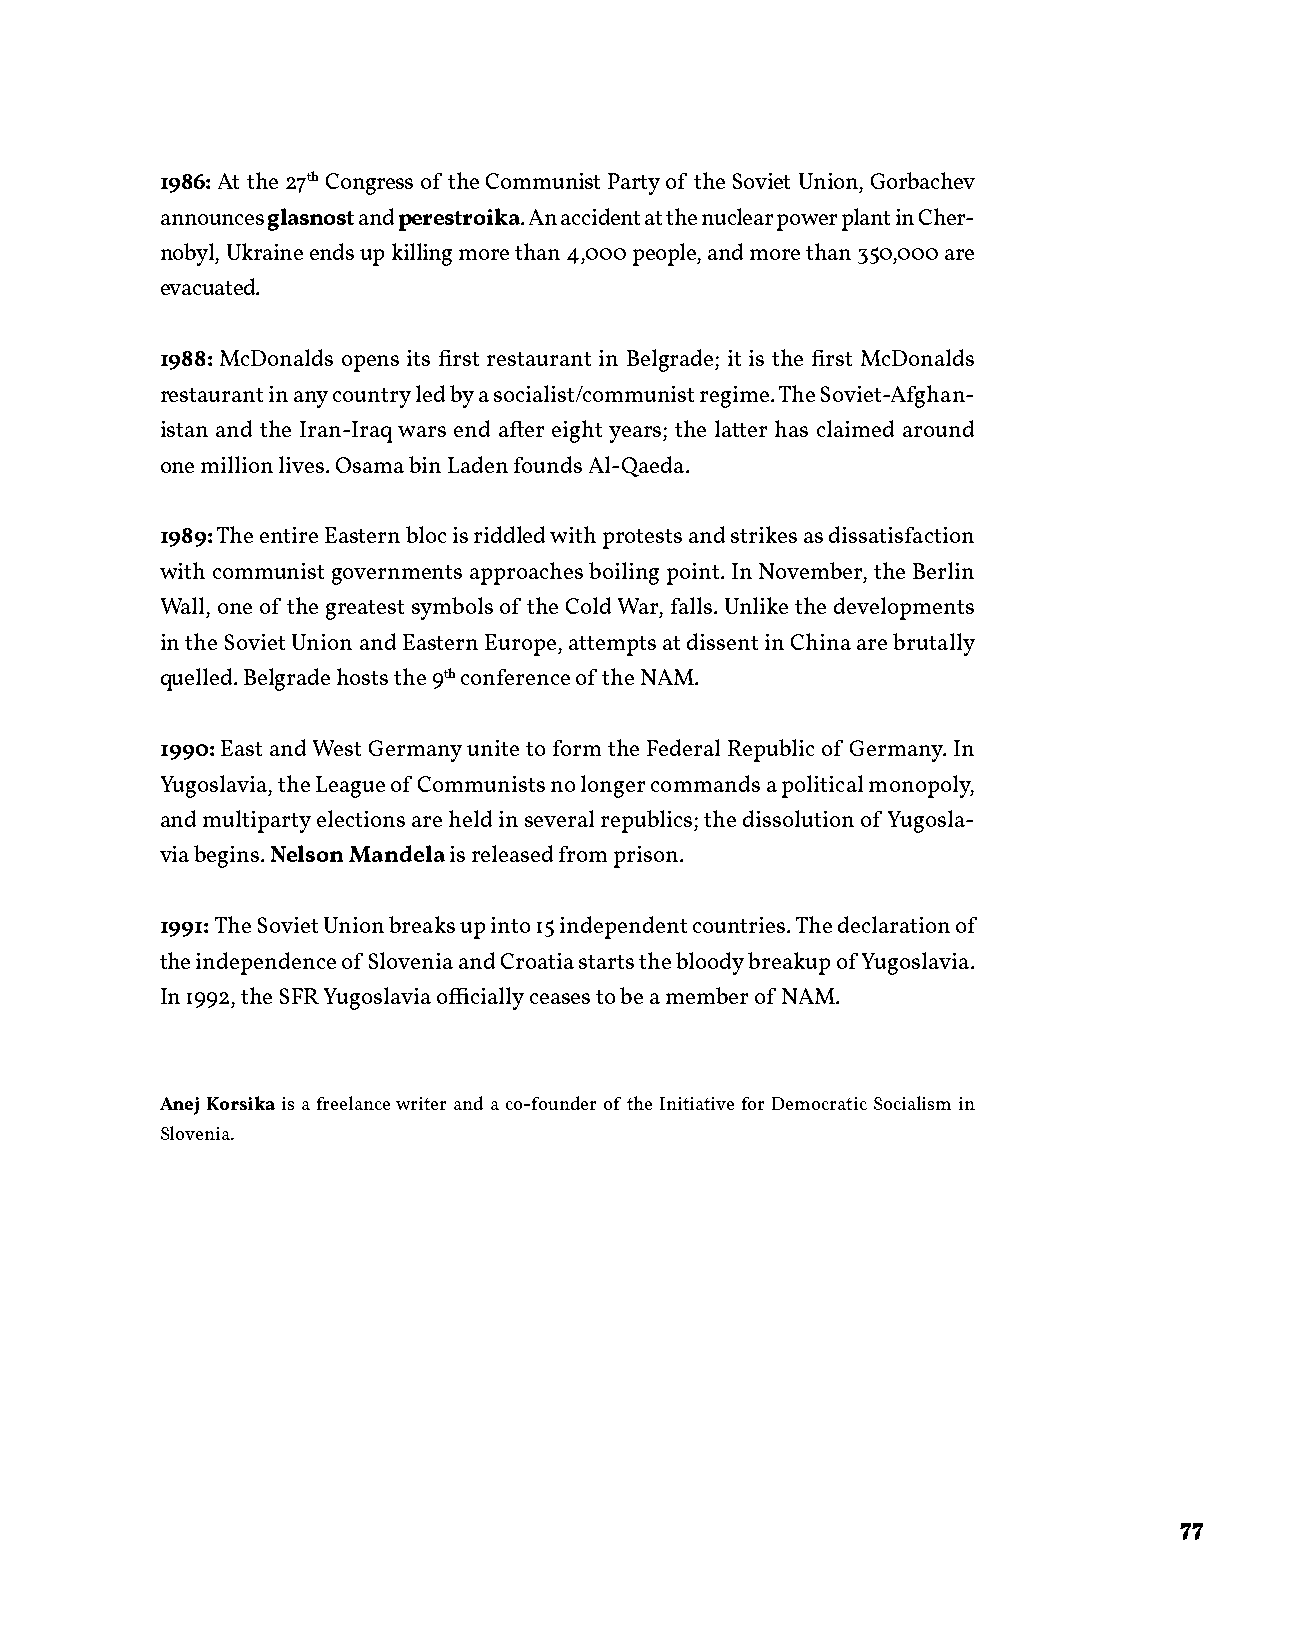
1986: At the 27th Congress of the Communist Party of the Soviet Union, Gorbachev
 announces glasnost and perestroika. An accident at the nuclear power plant in Cher-
 nobyl, Ukraine ends up killing more than 4,000 people, and more than 350,000 are
 evacuated.
 1988: McDonalds opens its first restaurant in Belgrade; it is the first McDonalds
 restaurant in any country led by a socialist/communist regime. The Soviet-Afghan-
 istan and the Iran-Iraq wars end after eight years; the latter has claimed around
 one million lives. Osama bin Laden founds Al-Qaeda.
 1989: The entire Eastern bloc is riddled with protests and strikes as dissatisfaction
 with communist governments approaches boiling point. In November, the Berlin
 Wall, one of the greatest symbols of the Cold War, falls. Unlike the developments
 in the Soviet Union and Eastern Europe, attempts at dissent in China are brutally
 quelled. Belgrade hosts the 9th conference of the NAM.
 1990: East and West Germany unite to form the Federal Republic of Germany. In
 Yugoslavia, the League of Communists no longer commands a political monopoly,
 and multiparty elections are held in several republics; the dissolution of Yugosla-
 via begins. Nelson Mandela is released from prison.
 1991: The Soviet Union breaks up into 15 independent countries. The declaration of
 the independence of Slovenia and Croatia starts the bloody breakup of Yugoslavia.
 In 1992, the SFR Yugoslavia officially ceases to be a member of NAM.
 Anej Korsika is a freelance writer and a co-founder of the Initiative for Democratic Socialism in
 Slovenia.
 77